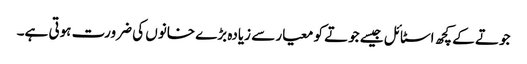
جوتے کے کچھ اسٹائل جیسے جوتے کو معیار سے زیادہ بڑے خانوں کی ضرورت ہوتی ہے۔